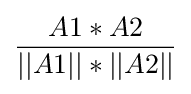
{\frac {A1*A2}{||A1||*||A2||}}